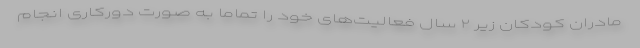
مادران کودکان زیر ۲ سال فعالیت‌های خود را تماماً به صورت دورکاری انجام